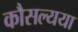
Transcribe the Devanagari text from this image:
कौसल्यया